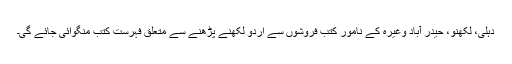
دہلی، لکھنو، حیدر آباد وغیرہ کے نامور کتب فروشوں سے اُردو لکھنے پڑھنے سے متعلق فہرست کتب منگوائی جائے گی۔